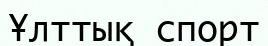
Ұлттық спорт